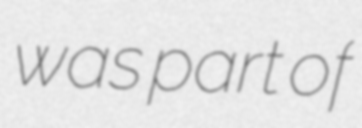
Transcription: was part of